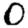
Digit: 0